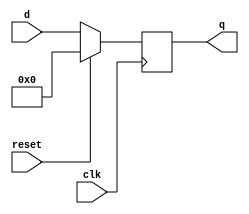
`timescale 1ns / 1ps
//////////////////////////////////////////////////////////////////////////////////
// Engineers:      Allan Montalvo, Lenin Munoz, Omar Aquino Pineda
// 
// Module Name:    FlipFlop
// Project Name:   This FlipFlop will copy data from d into q and will output q.
//////////////////////////////////////////////////////////////////////////////////

module FlipFlop(clk, reset, d, q );

    // input, output, and register initialization
    input        clk, reset;
    input  [7:0] d;
    output [7:0] q;
    
    reg    [7:0] q;
    
    // On the posedge of the clk, if reset q will get 0 for a synchronous reset
    // else q will get the input of d.
    always@(posedge clk) begin
        if(reset)
            q <= 8'b0;
        else
            q <= d;
    end
    
endmodule